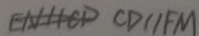
C D / / F M